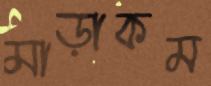
মাড়াকম